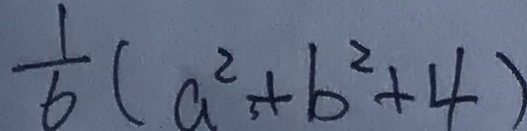
\frac { 1 } { 6 } ( a ^ { 2 } + b ^ { 2 } + 4 )